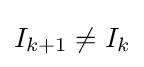
I_{k+1}\neq I_{k}